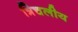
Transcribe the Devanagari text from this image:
त्रिचलीय